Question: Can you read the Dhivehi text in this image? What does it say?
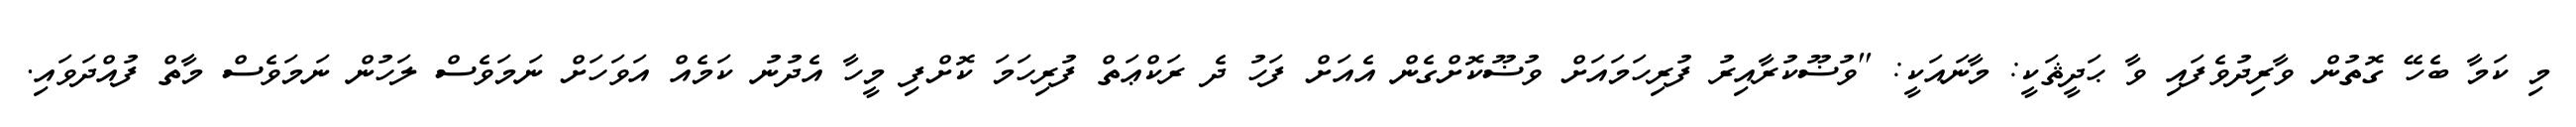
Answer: މި ކަމާ ބެހޭ ގޮތުން ވާރިދުވެފައި ވާ ޙަދީޘަކީ: މާނައަކީ: ''ވުޟޫކުރާއިރު ފުރިހަމައަށް ވުޟޫކޮށްގެން އެއަށް ފަހު ދެ ރަކްޢަތް ފުރިހަމަ ކޮށްފި މީހާ އެދުނު ކަމެއް އަވަހަށް ނަމަވެސް ލަހުން ނަމަވެސް މާތް ފުއްދަވައި.